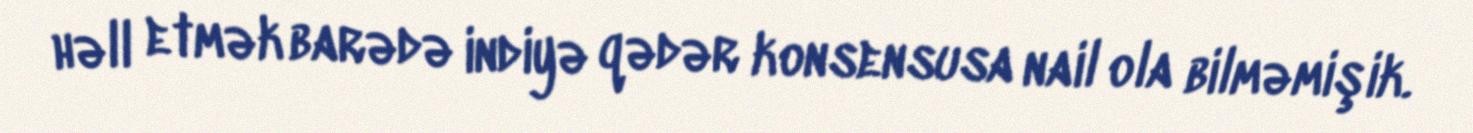
həll etmək barədə indiyə qədər konsensusa nail ola bilməmişik.